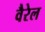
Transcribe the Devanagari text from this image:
वैरेल